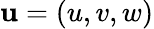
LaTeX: \textbf{u}=(u,v,w)